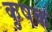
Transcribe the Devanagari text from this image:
कृषक